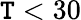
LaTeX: \mathtt{T}<30